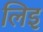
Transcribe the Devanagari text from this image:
लिइ